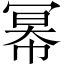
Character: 幂